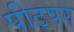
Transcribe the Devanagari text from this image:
पीठपर